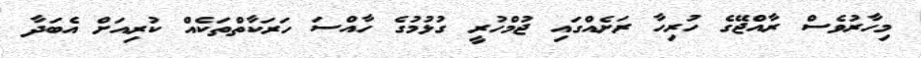
މިހާރުވެސް ރާއްޖޭގެ ހުރިހާ ރަށެއްގައި ޖުމްހުރީ ގުޅުމުގެ ހާއްސަ ހަރަކާތްތަކެއް ކުރިއަށް އެބަދާ